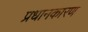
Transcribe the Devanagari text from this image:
प्रधानकारण